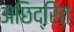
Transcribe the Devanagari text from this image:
अछिद्रित